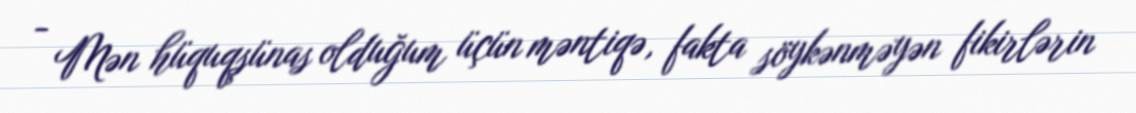
- Mən hüquqşünas olduğum üçün məntiqə, fakta söykənməyən fikirlərin